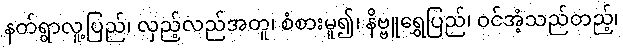
နတ်ရွာလူ့ပြည်၊ လှည့်လည်အတူ၊ စံစားမူ၍၊ နိဗ္ဗူရွှေပြည်၊ ဝင်အံ့သည်တည့်၊